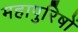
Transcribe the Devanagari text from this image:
महापुरिषों